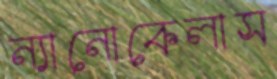
ন্যানোকেলাস